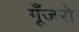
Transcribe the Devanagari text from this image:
गूँजरो